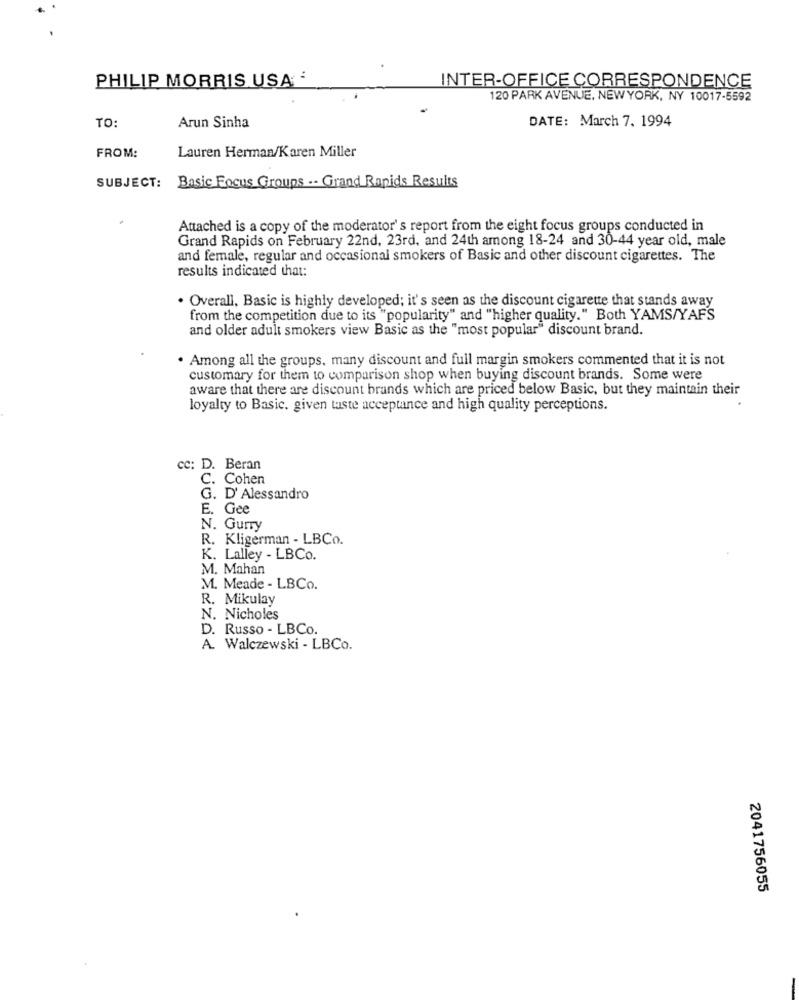
PHILIP MORRIS USA '
INTER-OFFICE CORRESPONDENCE
120 PARK AVENUE, NEW YORK, NY 10017-5592
DATE: March 7. 1994
TO:
Arun Sinha
FROM:
Lauren Herman/Karen Miller
SUBJECT: Basic Focus Groups .- Grand Rapids Results
Attached is a copy of the moderator's report from the eight focus groups conducted in
Grand Rapids on February 22nd, 23rd, and 24th among 18-24 and 30-44 year old, male
and female, regular and occasional smokers of Basic and other discount cigarettes. The
results indicated that:
. Overall, Basic is highly developed; it's seen as the discount cigarette that stands away
from the competition due to its "popularity" and "higher quality." Both YAMS/YAF'S
and older adult smokers view Basic as the "most popular" discount brand.
. Among all the groups, many discount and full margin smokers commented that it is not
customary for them to comparison shop when buying discount brands. Some were
aware that there are discount brands which are priced below Basic, but they maintain their
loyalty to Basic. given taste acceptance and high quality perceptions.
cc: D. Beran
C. Cohen
G. D' Alessandro
E. Gee
N. Gurry
R. Kligerman - LBCo.
K. Lalley - LBCo.
M. Mahan
M. Meade - LBCo.
R. Mikulay
N. Nicholes
D. Russo - LBCo.
A. Walczewski - LBCo.
2041756055